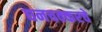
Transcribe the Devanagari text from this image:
घनचक्करचे